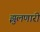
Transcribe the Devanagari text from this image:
झुलणारी